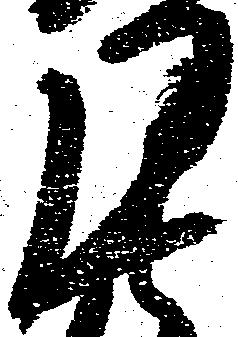
月